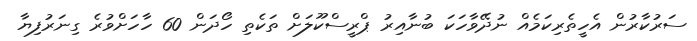
ސަރުކާރުން އެހީތެރިކަމެއް ނުދޭވާހަކަ ބުނާއިރު ޕްރީސްކޫލަށް ތަކެތި ހޯދަން 60 ހާހަށްވުރެ ގިނަރުފިޔާ